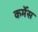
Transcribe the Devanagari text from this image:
कर्मेस